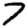
Digit: 7